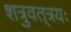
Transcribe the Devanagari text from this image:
शत्रुवत्‌त्रयः